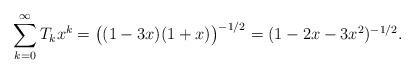
LaTeX: \begin{align*}\sum_{k=0}^{\infty}T_kx^k=\bigl((1-3x)(1+x)\bigr)^{-1/2}=(1-2x-3x^2)^{-1/2}.\end{align*}